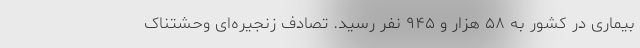
بیماری در کشور به ۵۸ هزار و ۹۴۵ نفر رسید. تصادف زنجیره‌ای وحشتناک